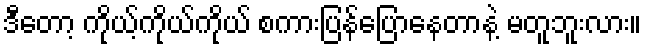
ဒီတော့ ကိုယ့်ကိုယ်ကိုယ် စကားပြန်ပြောနေတာနဲ့ မတူဘူးလား။